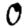
Digit: 0